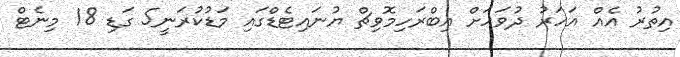
އިތުރު އެއް އަހަރު ދުވަހަށް އިބްރަހިމޮވިޗް ޔުނައިޓެޑްގައި މަޑުކުރަނީ5 ގަޑި 18 މިނެޓް